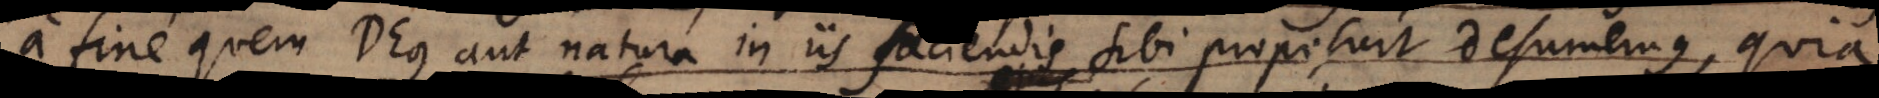
a fine quem Deus aut natura in iis faciendis sibi proposuit desumemus, quia